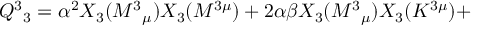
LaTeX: Q ^ { 3 } { } _ { 3 } = \alpha ^ { 2 } X _ { 3 } ( M ^ { 3 } { } _ { \mu } ) X _ { 3 } ( M ^ { 3 \mu } ) + 2 \alpha \beta X _ { 3 } ( M ^ { 3 } { } _ { \mu } ) X _ { 3 } ( K ^ { 3 \mu } ) +